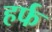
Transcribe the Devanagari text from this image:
हर्फ